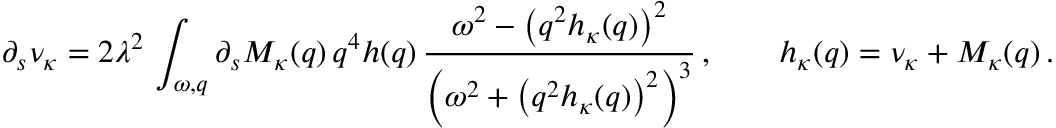
\partial _ { s } \nu _ { \kappa } = 2 \lambda ^ { 2 } \, \int _ { \omega , q } \partial _ { s } M _ { \kappa } ( q ) \, q ^ { 4 } h ( q ) \, \frac { \omega ^ { 2 } - \big ( q ^ { 2 } h _ { \kappa } ( q ) \big ) ^ { 2 } } { \Big ( \omega ^ { 2 } + \big ( q ^ { 2 } h _ { \kappa } ( q ) \big ) ^ { 2 } \Big ) ^ { 3 } } \, , \qquad h _ { \kappa } ( q ) = \nu _ { \kappa } + M _ { \kappa } ( q ) \, .